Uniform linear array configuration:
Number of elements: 48
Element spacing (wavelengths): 1
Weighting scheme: binomial
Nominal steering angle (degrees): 15
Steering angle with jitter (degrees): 15.41
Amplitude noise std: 0.05
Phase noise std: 0.05

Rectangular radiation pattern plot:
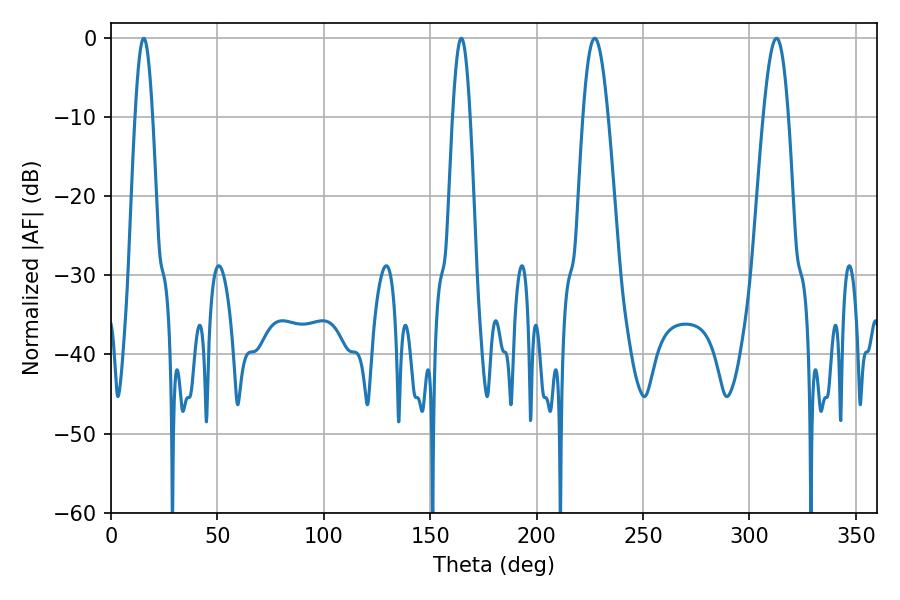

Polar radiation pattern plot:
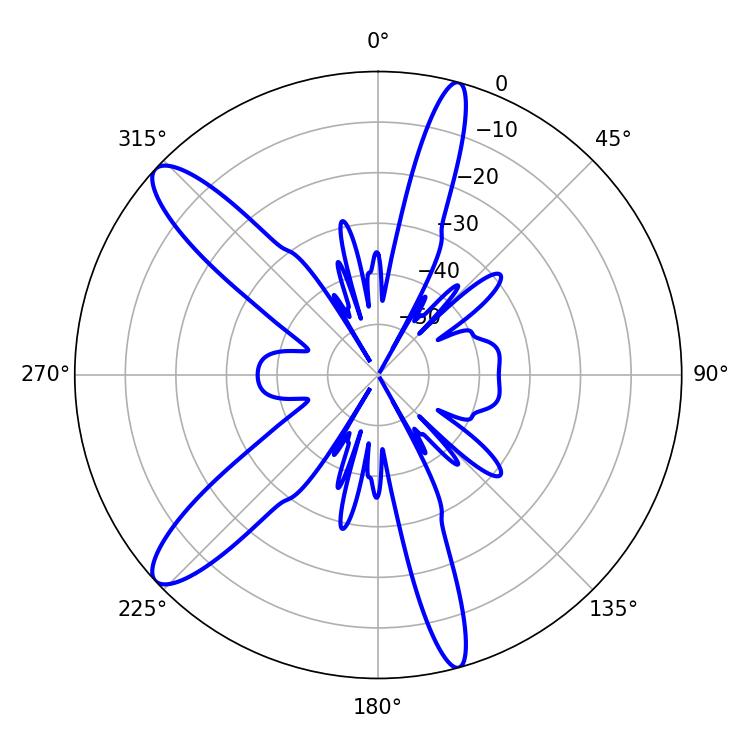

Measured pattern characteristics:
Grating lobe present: TRUE
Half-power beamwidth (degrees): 6.3
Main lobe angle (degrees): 227.34